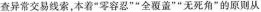
查异常交易线索，本着”零容忍””全覆盖””无死角”的原则从